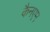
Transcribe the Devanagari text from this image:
कैनएम